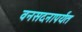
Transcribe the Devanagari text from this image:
वनसदनापर्यंत